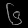
Digit: ၆